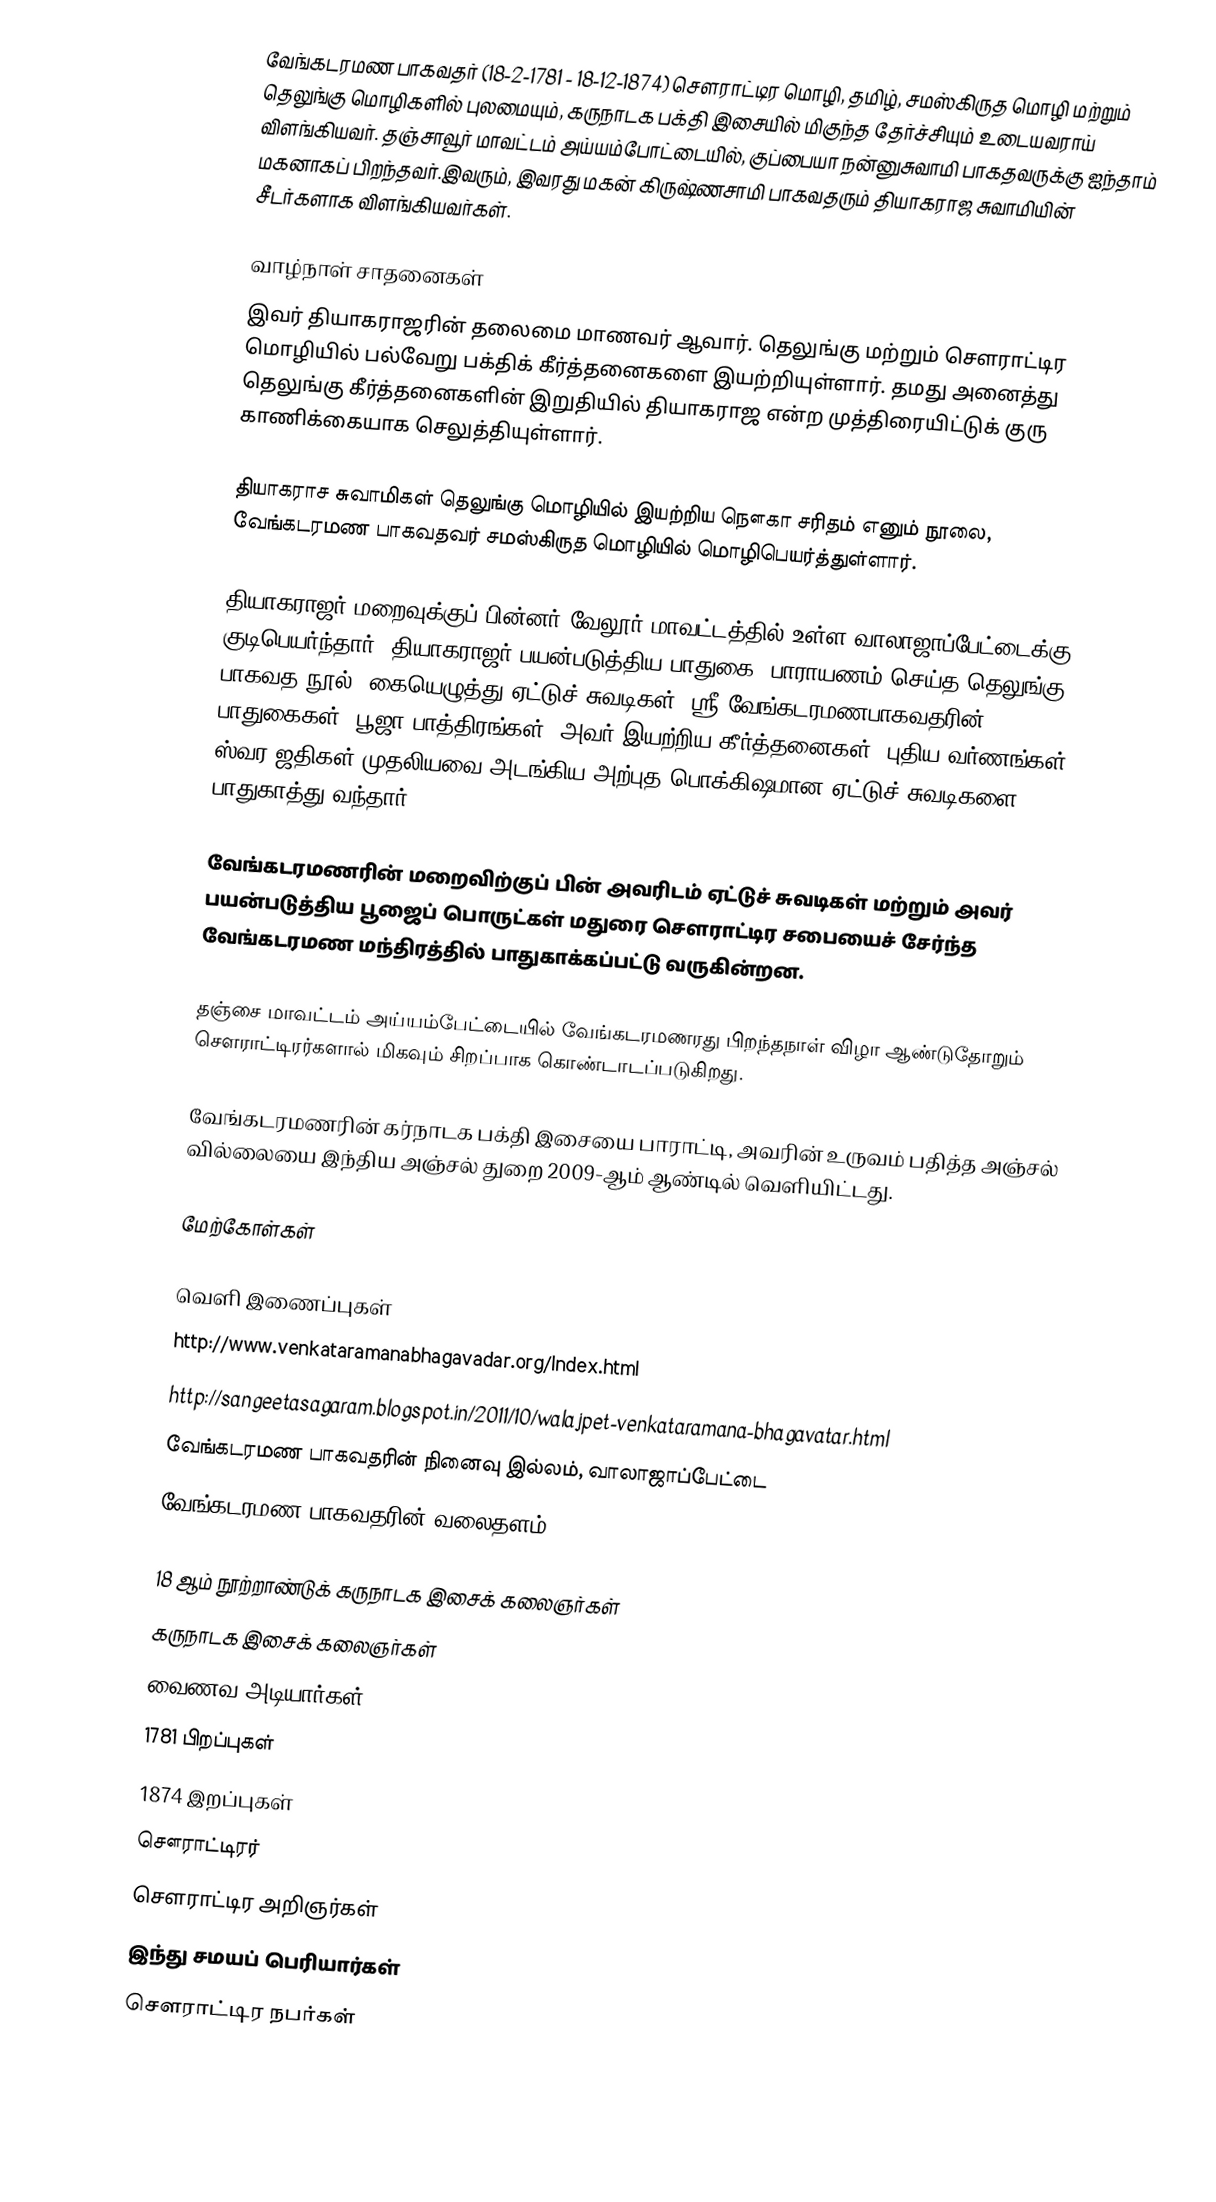
வேங்கடரமண பாகவதர் (18-2-1781 - 18-12-1874) சௌராட்டிர மொழி, தமிழ், சமஸ்கிருத மொழி மற்றும் தெலுங்கு மொழிகளில் புலமையும், கருநாடக பக்தி இசையில் மிகுந்த தேர்ச்சியும் உடையவராய் விளங்கியவர். தஞ்சாவூர் மாவட்டம் அய்யம்போட்டையில், குப்பையா நன்னுசுவாமி பாகதவருக்கு ஐந்தாம் மகனாகப் பிறந்தவர்.இவரும், இவரது மகன் கிருஷ்ணசாமி பாகவதரும் தியாகராஜ சுவாமியின் சீடர்களாக விளங்கியவர்கள்.

வாழ்நாள் சாதனைகள்
இவர் தியாகராஜரின் தலைமை மாணவர் ஆவார். தெலுங்கு மற்றும் சௌராட்டிர மொழியில் பல்வேறு பக்திக் கீர்த்தனைகளை இயற்றியுள்ளார். தமது அனைத்து தெலுங்கு கீர்த்தனைகளின் இறுதியில் தியாகராஜ என்ற முத்திரையிட்டுக் குரு காணிக்கையாக செலுத்தியுள்ளார்.

தியாகராச சுவாமிகள் தெலுங்கு மொழியில் இயற்றிய நௌகா சரிதம் எனும் நூலை, வேங்கடரமண பாகவதவர் சமஸ்கிருத மொழியில் மொழிபெயர்த்துள்ளார்.

தியாகராஜர் மறைவுக்குப் பின்னர் வேலூர் மாவட்டத்தில் உள்ள வாலாஜாப்பேட்டைக்கு குடிபெயர்ந்தார்.  தியாகராஜர் பயன்படுத்திய பாதுகை, பாராயணம் செய்த தெலுங்கு பாகவத நூல், கையெழுத்து ஏட்டுச் சுவடிகள், ஸ்ரீ வேங்கடரமணபாகவதரின் பாதுகைகள், பூஜா பாத்திரங்கள், அவர் இயற்றிய கீர்த்தனைகள், புதிய வர்ணங்கள், ஸ்வர ஜதிகள் முதலியவை அடங்கிய அற்புத பொக்கிஷமான ஏட்டுச் சுவடிகளை பாதுகாத்து வந்தார்.

வேங்கடரமணரின் மறைவிற்குப் பின் அவரிடம் ஏட்டுச் சுவடிகள் மற்றும் அவர் பயன்படுத்திய பூஜைப் பொருட்கள் மதுரை சௌராட்டிர சபையைச் சேர்ந்த வேங்கடரமண மந்திரத்தில் பாதுகாக்கப்பட்டு வருகின்றன.

தஞ்சை மாவட்டம் அய்யம்பேட்டையில் வேங்கடரமணரது பிறந்தநாள் விழா ஆண்டுதோறும் செளராட்டிரர்களால் மிகவும் சிறப்பாக கொண்டாடப்படுகிறது.

வேங்கடரமணரின் கர்நாடக பக்தி இசையை பாராட்டி, அவரின் உருவம் பதித்த அஞ்சல் வில்லையை இந்திய அஞ்சல் துறை 2009-ஆம் ஆண்டில் வெளியிட்டது.

மேற்கோள்கள்

வெளி இணைப்புகள்
 http://www.venkataramanabhagavadar.org/Index.html
 http://sangeetasagaram.blogspot.in/2011/10/walajpet-venkataramana-bhagavatar.html
 வேங்கடரமண பாகவதரின் நினைவு இல்லம், வாலாஜாப்பேட்டை
 வேங்கடரமண பாகவதரின் வலைதளம்

18 ஆம் நூற்றாண்டுக் கருநாடக இசைக் கலைஞர்கள்
கருநாடக இசைக் கலைஞர்கள்
வைணவ அடியார்கள்
1781 பிறப்புகள்
1874 இறப்புகள்
சௌராட்டிரர்
சௌராட்டிர அறிஞர்கள்
இந்து சமயப் பெரியார்கள்
சௌராட்டிர நபர்கள்